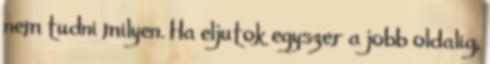
nem tudni milyen. Ha eljutok egyszer a jobb oldalig,